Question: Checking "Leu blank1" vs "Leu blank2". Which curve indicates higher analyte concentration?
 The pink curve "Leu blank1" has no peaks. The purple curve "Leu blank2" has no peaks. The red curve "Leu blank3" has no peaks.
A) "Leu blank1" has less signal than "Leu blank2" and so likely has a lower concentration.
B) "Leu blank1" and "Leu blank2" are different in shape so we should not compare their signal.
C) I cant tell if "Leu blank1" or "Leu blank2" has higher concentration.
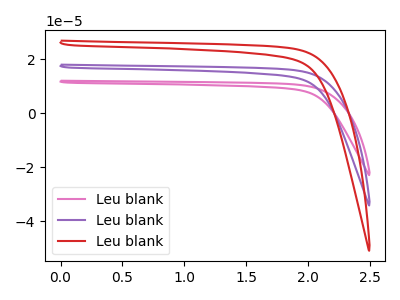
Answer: <think>Neither "Leu blank1" or "Leu blank2" have any peaks.
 </think>
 <answer>C) I cant tell if "Leu blank1" or "Leu blank2" has higher concentration.</answer>
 <eval>C</eval>